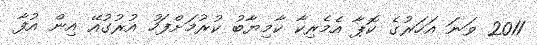
2011 ވަނަ އަހަރުގެ ކޮޕާ އެމެރިކާ ކާމިޔާބު ކުރުމަށްފަހު އުރުގުއޭ އިން އުފާ